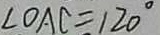
\angle O A C = 1 2 0 ^ { \circ }